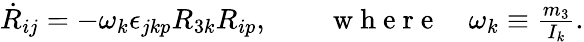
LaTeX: \begin{array}{r}{\dot{R}_{ij}=-\omega_{k}\epsilon_{jkp}R_{3k}R_{ip},\qquad\mathrm{~w~h~e~r~e~}\quad\omega_{k}\equiv\frac{m_{3}}{I_{k}}.}\end{array}